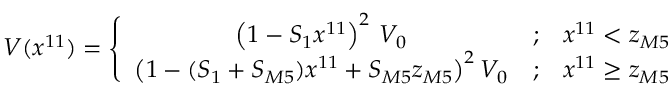
V ( x ^ { 1 1 } ) = \left\{ \begin{array} { c c c } { { \left( 1 - { \cal S } _ { 1 } x ^ { 1 1 } \right) ^ { 2 } \, V _ { 0 } } } & { { ; } } & { { x ^ { 1 1 } < z _ { M 5 } } } \\ { { \big ( 1 - ( { \cal S } _ { 1 } + { \cal S } _ { M 5 } ) x ^ { 1 1 } + { \cal S } _ { M 5 } z _ { M 5 } \big ) ^ { 2 } \, V _ { 0 } } } & { { ; } } & { { x ^ { 1 1 } \ge z _ { M 5 } } } \end{array} \right.